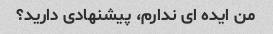
من ایده ای ندارم، پیشنهادی دارید؟